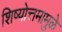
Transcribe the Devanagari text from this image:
शिष्योत्तमामुळे